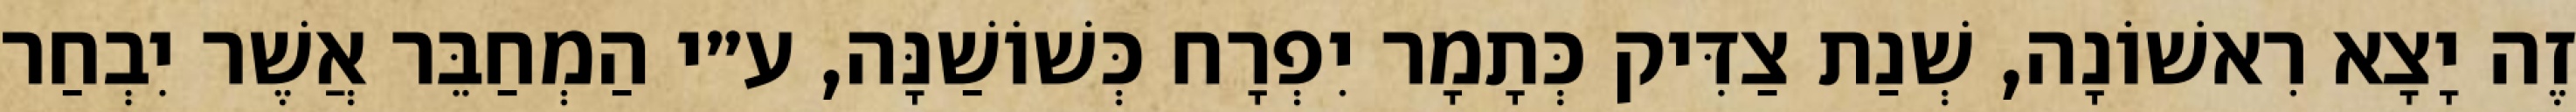
זֶה יָצָא רִאשׁוֹנָה, שְׁנַת צַדִּיק כְּתָמָר יִפְרָח כְּשׁוֹשַׁנָּה, ע״י הַמְחַבֵּר אֲשֶׁר יִבְחַר